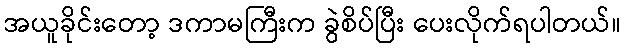
အယူခိုင်းတော့ ဒကာမကြီးက ခွဲစိပ်ပြီး ပေးလိုက်ရပါတယ်။